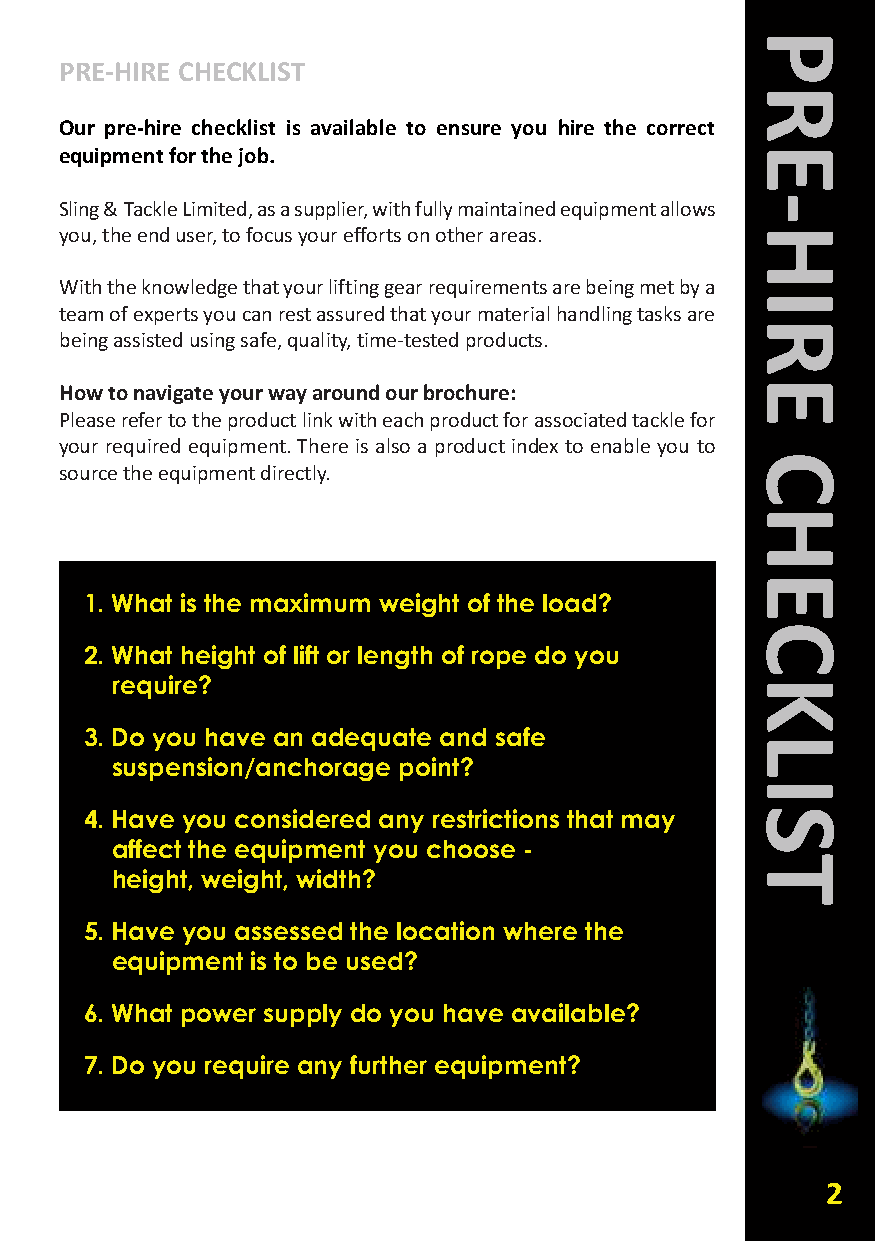
PRE-HIRE CHECkLIST
 Our pre-hire checklist is available to ensure you hire the correct
 equipment for the job.
 Sling & Tackle Limited, as a supplier, with fully maintained equipment allows
 you, the end user, to focus your efforts on other areas.
 With the knowledge that your lifting gear requirements are being met by a
 team of experts you can rest assured that your material handling tasks are
 being assisted using safe, quality, time-tested products.
 How to navigate your way around our brochure:
 Please refer to the product link with each product for associated tackle for
 your required equipment. There is also a product index to enable you to
 source the equipment directly.
 1. What is the maximum weight of the load?
 2. What height of lift or length of rope do you
 require?
 3. Do you have an adequate and safe
 suspension/anchorage point?
 4. Have you considered any restrictions that may
 affect the equipment you choose -
 height, weight, width?
 5. Have you assessed the location where the
 equipment is to be used?
 6. What power supply do you have available?
 7. Do you require any further equipment?
 2
 PRE-HIRE
 CHECkLIST